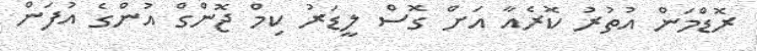
ރޮޑްމަން އުތުރު ކޮރެއާ އަށް ގޮސް ލީޑަރު ކިމް ޖޮންގް އުންގެ އުފަން